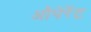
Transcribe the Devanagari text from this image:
औपेरेंट